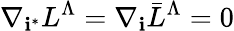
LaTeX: \nabla_{\mathbf{i}^{*}}L^{\Lambda}=\nabla_{\mathbf{i}}\bar{{L}}^{\Lambda}=0